Civil Veterinary Department Bihar & Orissa reports 1929-36 - 1929-1936
Year: 1929
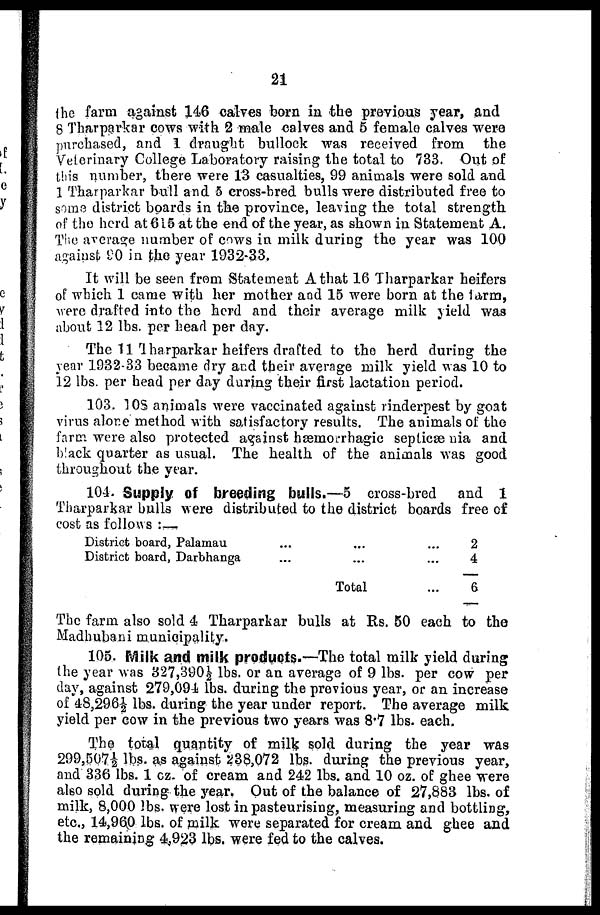
21
the farm against 146 calves born in the previous year, and
8 Tharparkar cows with 2 male calves and 5 female calves were
purchased, and 1 draught bullock was received from the
Veterinary College Laboratory raising the total to 733. Out of
this number, there were 13 casualties, 99 animals were sold and
1 Tharparkar bull and 5 cross-bred bulls were distributed free to
some district boards in the province, leaving the total strength
of the herd at 615 at the end of the year, as shown in Statement A,
The average number of cows in milk during the year was 100
against 90 in the year 1932-33,
It will be seen from Statement A that 16 Tharparkar heifers
of which 1 came with her mother and 15 were born at the farm,
were drafted into the herd and their average milk yield was
about 12 lbs. per head per day.
The 11 Tharparkar heifers drafted to the herd during the
year 1932-33 became dry and their average milk yield was 10 to
12 lbs. per head per day daring their first lactation period.
103. 108 animals were vaccinated against rinderpest by goat
virus alone method with satisfactory results. The animals of the
farm were also protected against hæmorrhagic septicæmia and
black quarter as usual. The health of the animals was good
throughout the year.
104. Supply of breeding bulls.—5 cross-bred and 1
Tharparkar bulls were distributed to the district boards free of
cost as follows:—
District board, Palamau ... ... ...
District board, Darbhanga ... ... ...
Total ...
2
4
6
The farm also sold 4 Tharparkar bulls at Rs. 50 each to the
Madhubani municipality.
105. Milk and milk products.—The total milk yield during
the year was 327,390½ lbs. or an average of 9 lbs. per cow per
day, against 279,094 lbs. during the previous year, or an increase
of 48,296-½ lbs. during the year under report. The average milk
yield per cow in the previous two years was 8.7 lbs. each.
The total quantity of milk sold during the year was
299,507½ lbs. as against 238,072 lbs. during the previous year,
and 336 lbs. 1 oz. of cream and 242 lbs. and 10 oz. of ghee were
also sold during the year. Out of the balance of 27,883 lbs. of
milk, 8,000 lbs, were lost in pasteurising, measuring and bottling,
etc., 14,960 lbs. of milk were separated for cream and ghee and
the remaining 4,923 lbs. were fed to the calves.